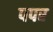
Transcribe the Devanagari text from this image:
पपर